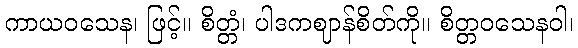
ကာယဝသေန၊ ဖြင့်။ စိတ္တံ၊ ပါဒကဈာန်စိတ်ကို။ စိတ္တဝသေနဝါ၊